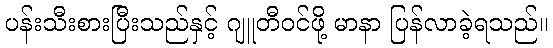
ပန်းသီးစားပြီးသည်နှင့် ဂျူတီဝင်ဖို့ မာနာ ပြန်လာခဲ့ရသည်။